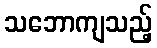
သဘောကျသည့်